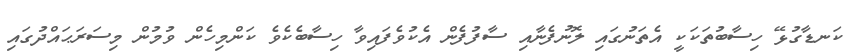
ކަނޑާގުޅޭ ހިސާބުތަކަކީ އެތަނުގައި ލޮނުފެނާއި ސާފުފެން އެކުވެފައިވާ ހިސާބެކެވެ ކަންމިހެން ވުމުން މިސަރަޙައްދުގައި